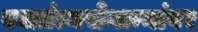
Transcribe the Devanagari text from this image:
स्वातंत्र्यसेनान्यांवर